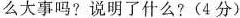
么大事吗?说明了什么?(4分)